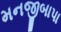
મનજીબાપા